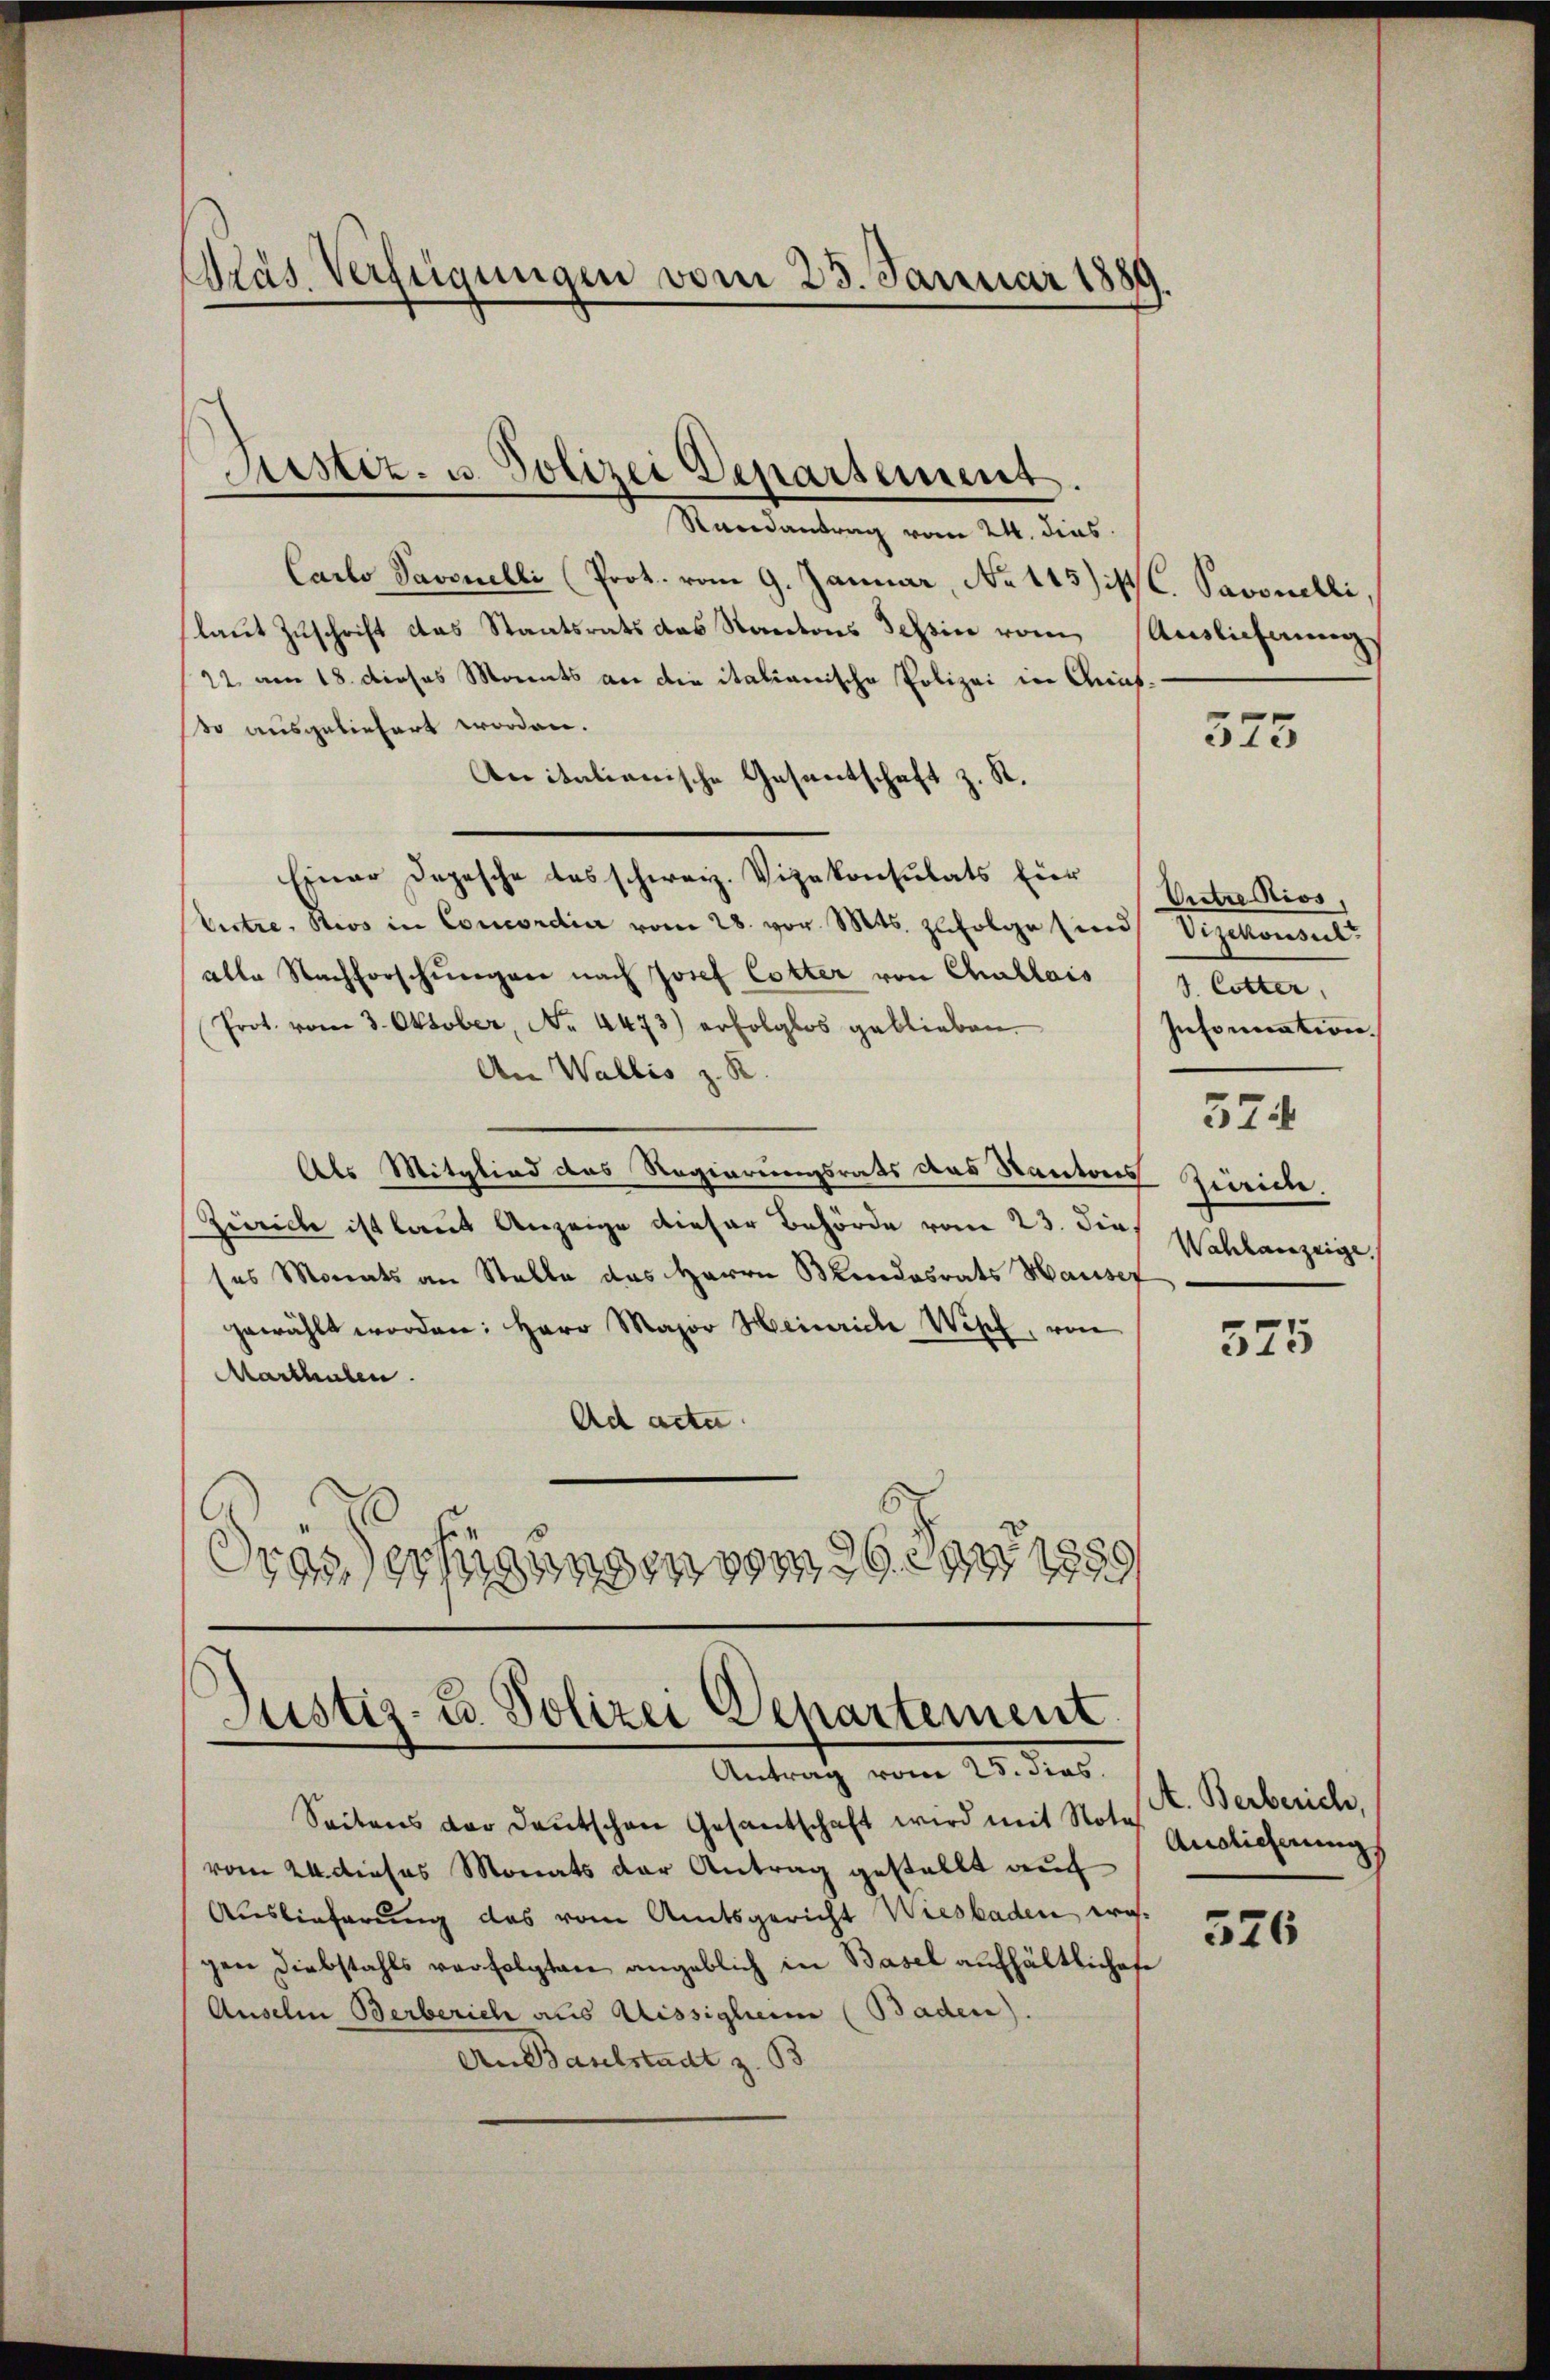
Präs. Verfügungen vom 23. Januar 1889.

Randantrag vom 24. dies
Carlo Savanelli (Prot. vom 9. Januar, No 113) ist. Savonelli,
(laut Zuschrift das Staatsrats das Kantons Tessin vom Auslieferungs
22 am 18. dieses Monats an die italianische Polizei in Geis.
sso ausgeliefert worden.
Anitalienische Gesantschaft z. St.
Einer Depesche das schweiz. Vizekonsulats Eier
Eitre, Kios in Concordia vom 28. vor. Mts. zufolge sind Vizekonsult
alle Nachforschŭngen nach Josef Cotter von Challais (7 Cotter,
Prot. vom 3. Oktober, No. 4473) erfolglos geblieben.
An Wallis z. R.
Als Mitglied des Regierungsrats das Kantons Zürich.
Zürich ist laut Anzeige dieser Behörde vom 23. dies
ses Monats an Stelle das Herrn Blindesrats Hauser
gewählt worden: Herr Major Heinrich Wipf, von
Marthalen.
Ad acta.
Gras Verfügungen vom 26. Juni 1889

Justiz- u. Polizei Departement.

Justiz- u. Polizei Departement
Antrag vom 25. dies

Seitens der Deutschen Gesantschaft wird mit Nota
vom 24. dieses Monats der Antrag gestellt auf
Auslieferung das vom Amtsgericht Wiesbaden wesgen Diebstahls verfolgten angeblich in Basel aufhältlichete
Auselm Berberich aus Aissigheim (Baden).
An Baulstadt z. B

373

Untre Kios,
Infornation.
374
Wahlanzeige,

375

A. Berberich,
Auslicherung

526